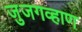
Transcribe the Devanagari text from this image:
जुजगव्हाण